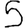
Digit: 5